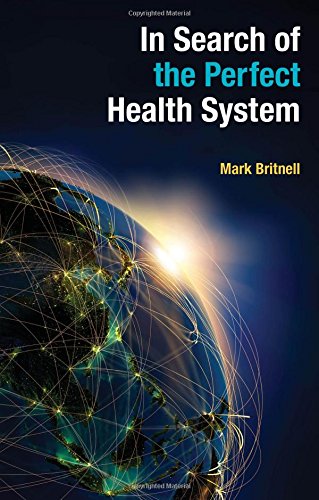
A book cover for In Search of the Perfect Health System; Mark Britnell; Medical Books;